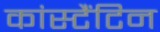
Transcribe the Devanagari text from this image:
कांस्टैंटिन